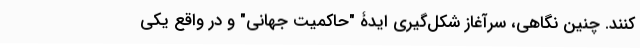
کنند. چنین نگاهی، سرآغاز شکل‌گیری ایدۀ "حاکمیت جهانی" و در واقع یکی